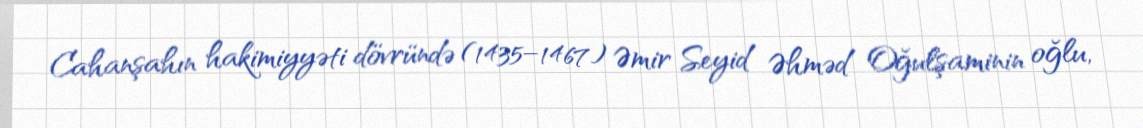
Cahanşahın hakimiyyəti dövründə (1435–1467) Əmir Seyid Əhməd Oğulşaminin oğlu,